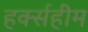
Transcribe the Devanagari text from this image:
हर्क्सहीम